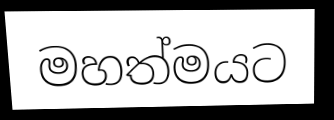
මහත්මයට